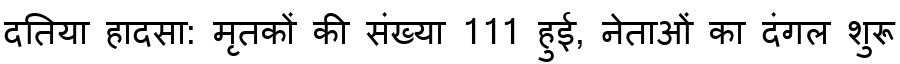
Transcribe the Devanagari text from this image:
दतिया हादसा: मृतकों की संख्या 111 हुई, नेताओं का दंगल शुरू